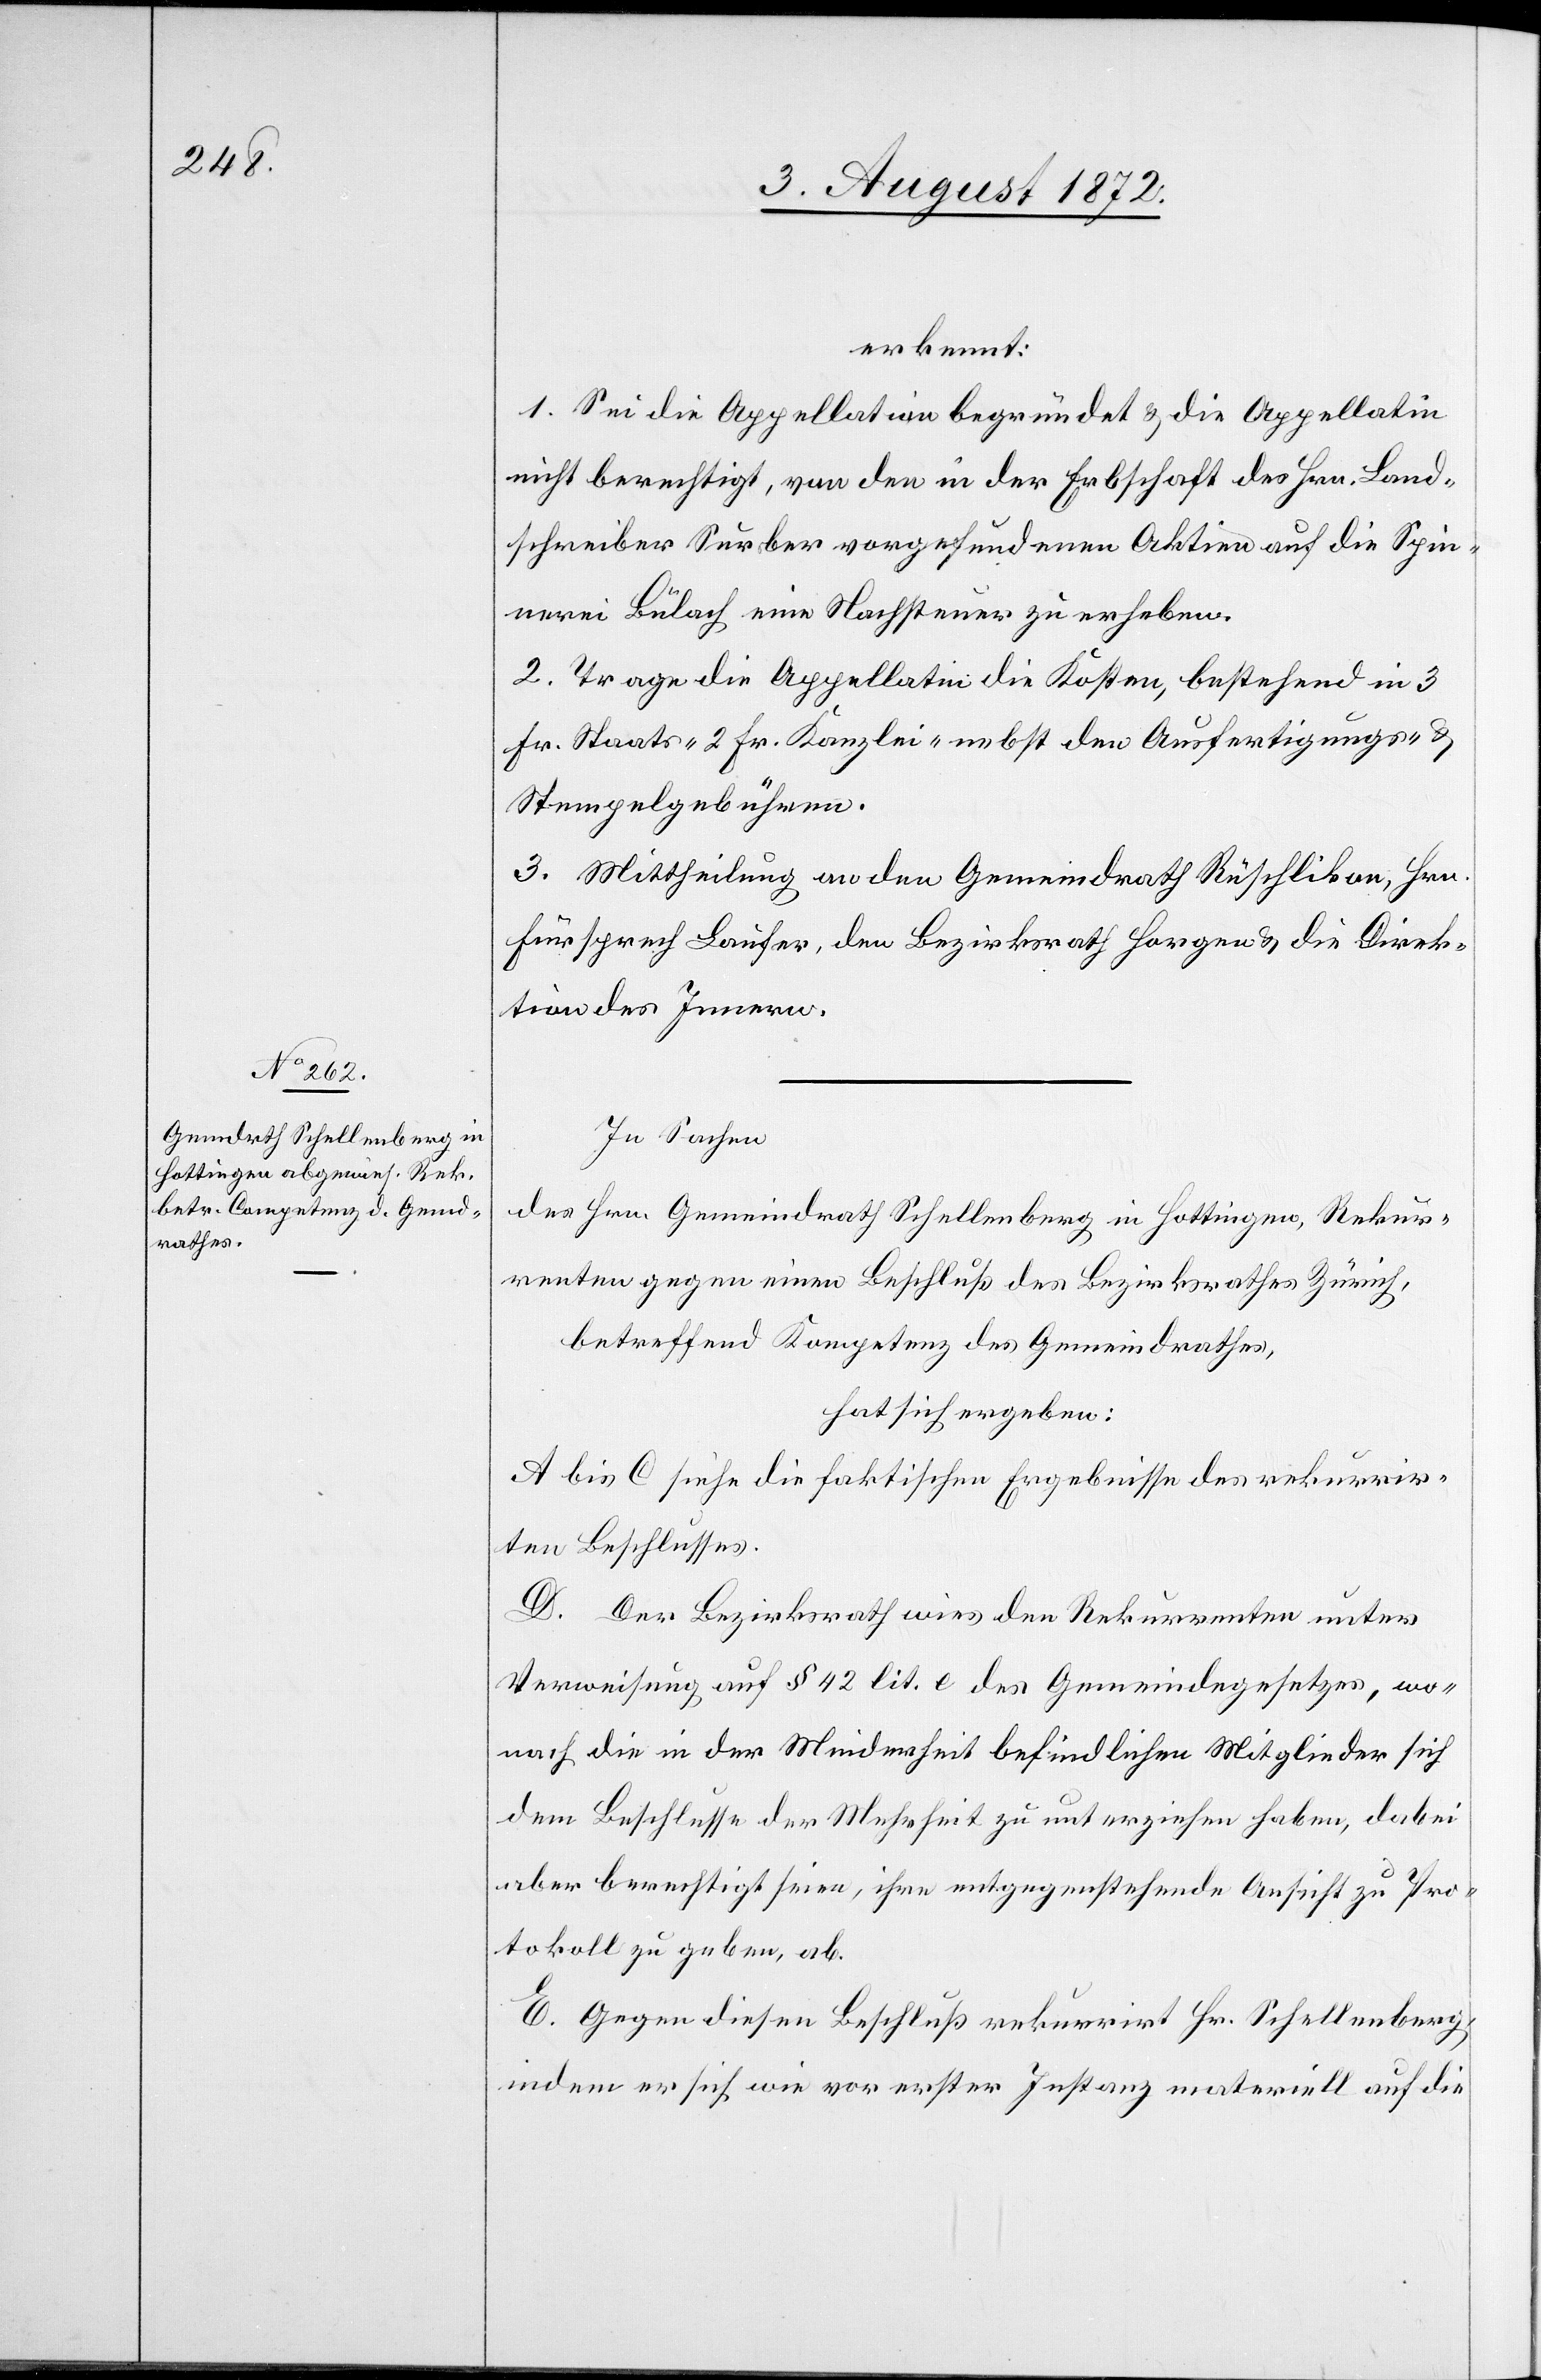
erkennt:
1. Sei die Appellation begründet u. die Appellatin
nicht berechtigt, von den in der Erbschaft des Hrn. Land¬
schreiber Surber vorgefundenen Aktien auf die Spin¬
nerei Bülach eine Nachsteuer zu erheben.
2. Trage die Appellatin die Kosten, bestehend in 3
Fr. Staats-[,] 2 Fr. Kanzlei- nebst den Ausfertigungs- u.
Stempelgebühren.
3. Mittheilung an den Gemeindrath Rüschlikon, Hrn.
Fürsprech Laufer, den Bezirksrath Horgen u. die Direk¬
tion des Innern.
In Sachen
des Hrn. Gemeindrath Schellenberg in Hottingen, Rekur¬
renten gegen einen Beschuß des Bezirksrathes Zürich,
betreffend Kompetenz des Gemeindrathes,
hat sich ergeben:
A bis C siehe die faktischen Ergebnisse des rekurrir¬
ten Beschlusses.
D. Der Bezirksrath wies den Rekurrenten unter
Verweisung auf § 42 lit. e des Gemeindegesetzes, wo¬
nach die in der Minderheit befindlichen Mitglieder sich
dem Beschlusse der Mehrheit zu unterziehen haben, dabei
aber berechtigt seien, ihre entgegenstehende Ansicht zu Pro¬
tokoll zu geben, ab.
E. Gegen diesen Beschluß rekurrirt Hr. Schellenberg,
indem er sich wie vor erster Instanz materiell auf die